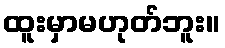
ထူးမှာမဟုတ်ဘူး။